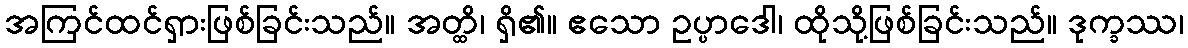
အကြင်ထင်ရှားဖြစ်ခြင်းသည်။ အတ္ထိ၊ ရှိ၏။ ဧသော ဥပ္ပာဒေါ၊ ထိုသို့ဖြစ်ခြင်းသည်။ ဒုက္ခဿ၊